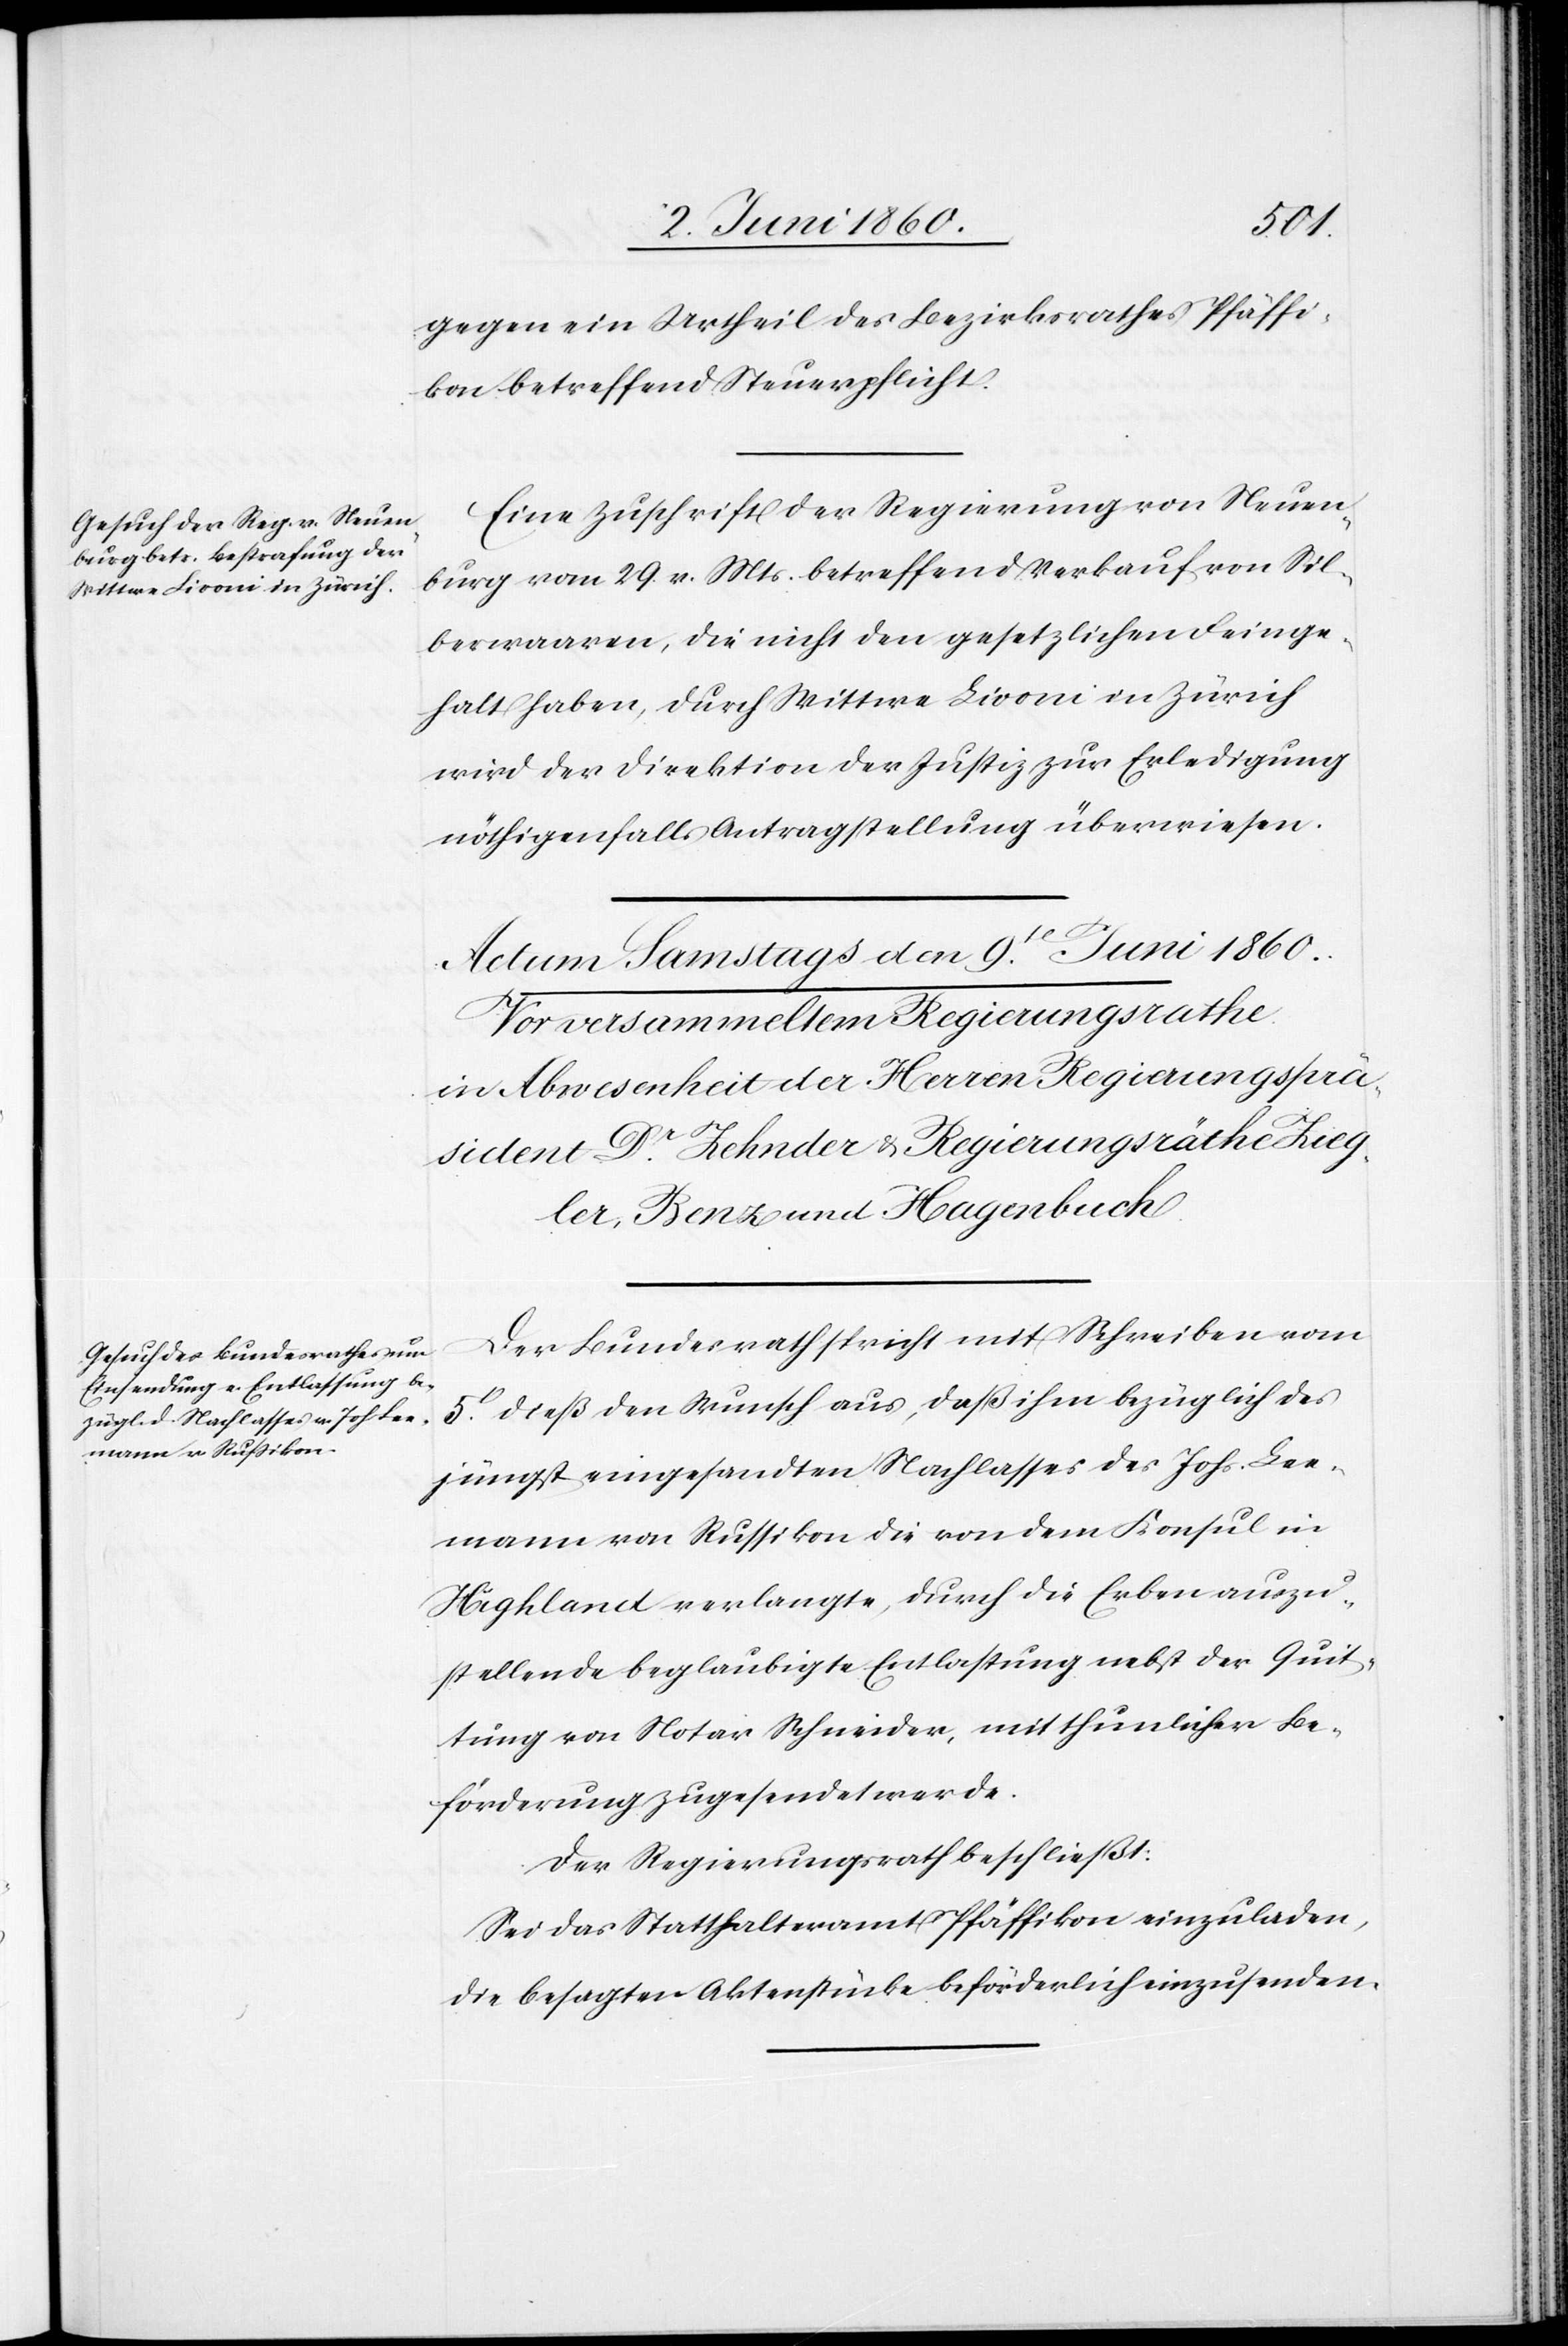
den
7. Juni 1860.]
gegen ein Urtheil des Bezirksrathes Pfäffi¬
kon betreffend Steuerpflicht.
Eine Zuschrift der Regierung von Neuen¬
burg vom 29. v. Mts. betreffend Verkauf von Sil¬
berwaaren, die nicht den gesetzlichen Feinge¬
halt haben, durch Witte Livoni in Zürich
wird der Direktion der Justiz zur Erledigung
nöthigenfalls Antragstellung überwiesen.
Der Bundesrath spricht mit Schreiben vom
5t dieß den Wunsch aus, daß ihm bezüglich des
jüngst eingesandten Nachlasses des Johs. Lee¬
mann von Russikon die von dem Konsul in
Highland verlangte, durch die Erben auszu¬
stellende beglaubigte Entlastung nebst der Quit¬
tung von Notar Schneider, mit thunlicher Be¬
förderung zugesendet werde.
Der Regierungsrath beschließt:
Sei das Statthalteramt Pfäffikon einzuladen,
die besagten Aktenstücke beförderlich einzusenden.